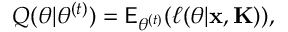
Q ( \theta | \theta ^ { ( t ) } ) = \mathsf E _ { \theta ^ { ( t ) } } ( \ell ( \theta | \mathbf x , \mathbf K ) ) ,